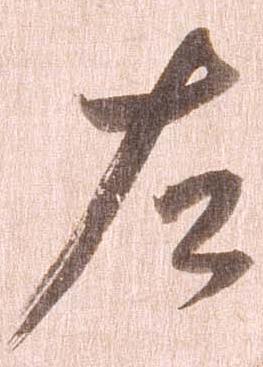
左